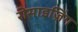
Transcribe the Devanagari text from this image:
रीसाइज़िंग